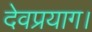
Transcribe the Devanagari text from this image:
देवप्रयाग।